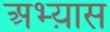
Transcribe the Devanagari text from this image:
अभ्य़ास